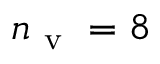
n _ { \mathrm { ~ v ~ } } = 8